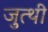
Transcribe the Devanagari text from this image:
जुत्थी